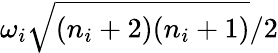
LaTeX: {\omega_{i}}\sqrt{(n_{i}+2)(n_{i}+1)}/2